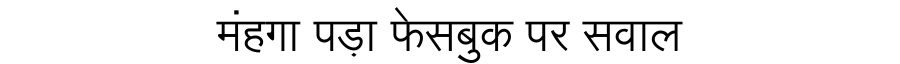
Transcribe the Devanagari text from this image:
मंहगा पड़ा फेसबुक पर सवाल